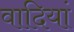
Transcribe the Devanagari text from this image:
वादियां